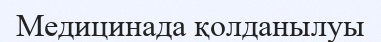
Медицинада қолданылуы